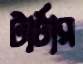
টার্টার